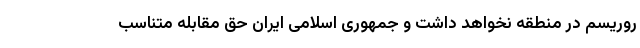
روریسم در منطقه نخواهد داشت و جمهوری اسلامی ایران حق مقابله متناسب